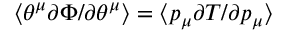
\langle \theta ^ { \mu } \partial \Phi / \partial \theta ^ { \mu } \rangle = \langle p _ { \mu } \partial T / \partial p _ { \mu } \rangle